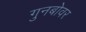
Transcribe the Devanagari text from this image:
गुनबोवर